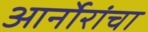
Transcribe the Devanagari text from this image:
आर्नोरांचा